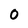
Character: 0